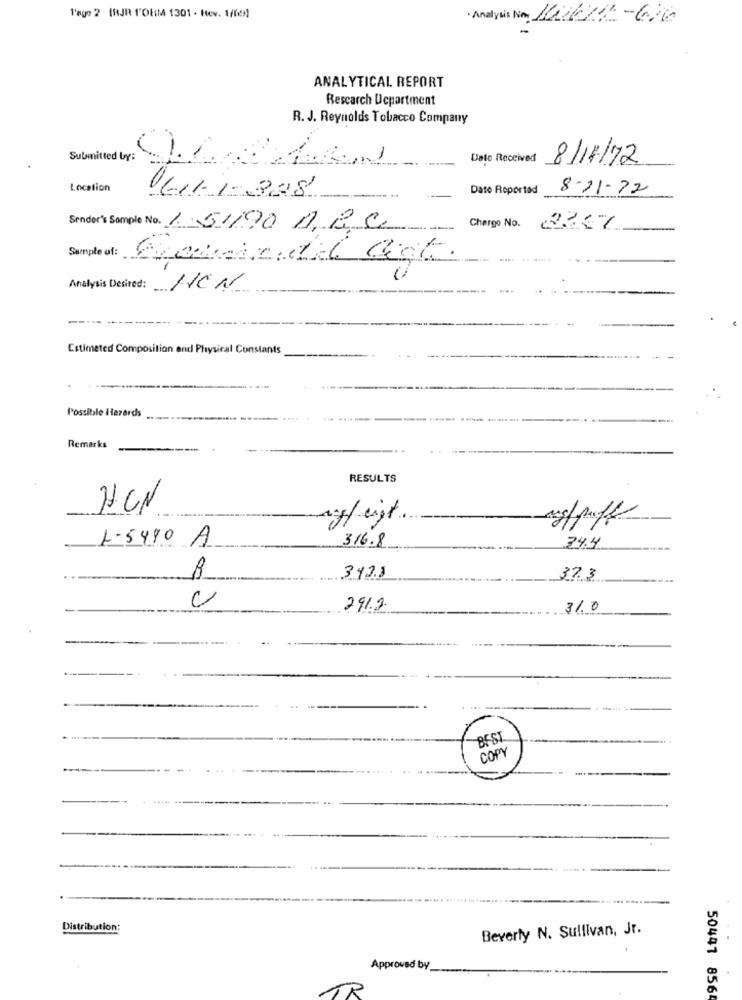
l'ago 2 IRJR FORM 1301 - Hev. 1/09)
· Analysis No, Mi622-616
ANALYTICAL REPORT
Rescarch Department
R. J. Reynolds Tobacco Company
Submitted by:
1
Date Received
8/11/72
Location
Date Reported
8-21-22
Sender's Sample No. 15/190 1 R. C.
Charge No.
Sample of:
Analysis Desired: JEN
Estimated Composition and Physical Constants
Possible Herards
Remarks
RESULTS
HUN
nogleigt.
agfpuff
L-5490 A
34.4
316.8
R
3428
37.3
291.2
31.0
AR
Distribution:
Beverly N. Sullivan, Jr.
Approved by
50441 856